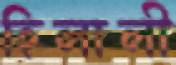
হিলালী